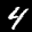
Label: 4